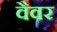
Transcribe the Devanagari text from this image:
वैवर